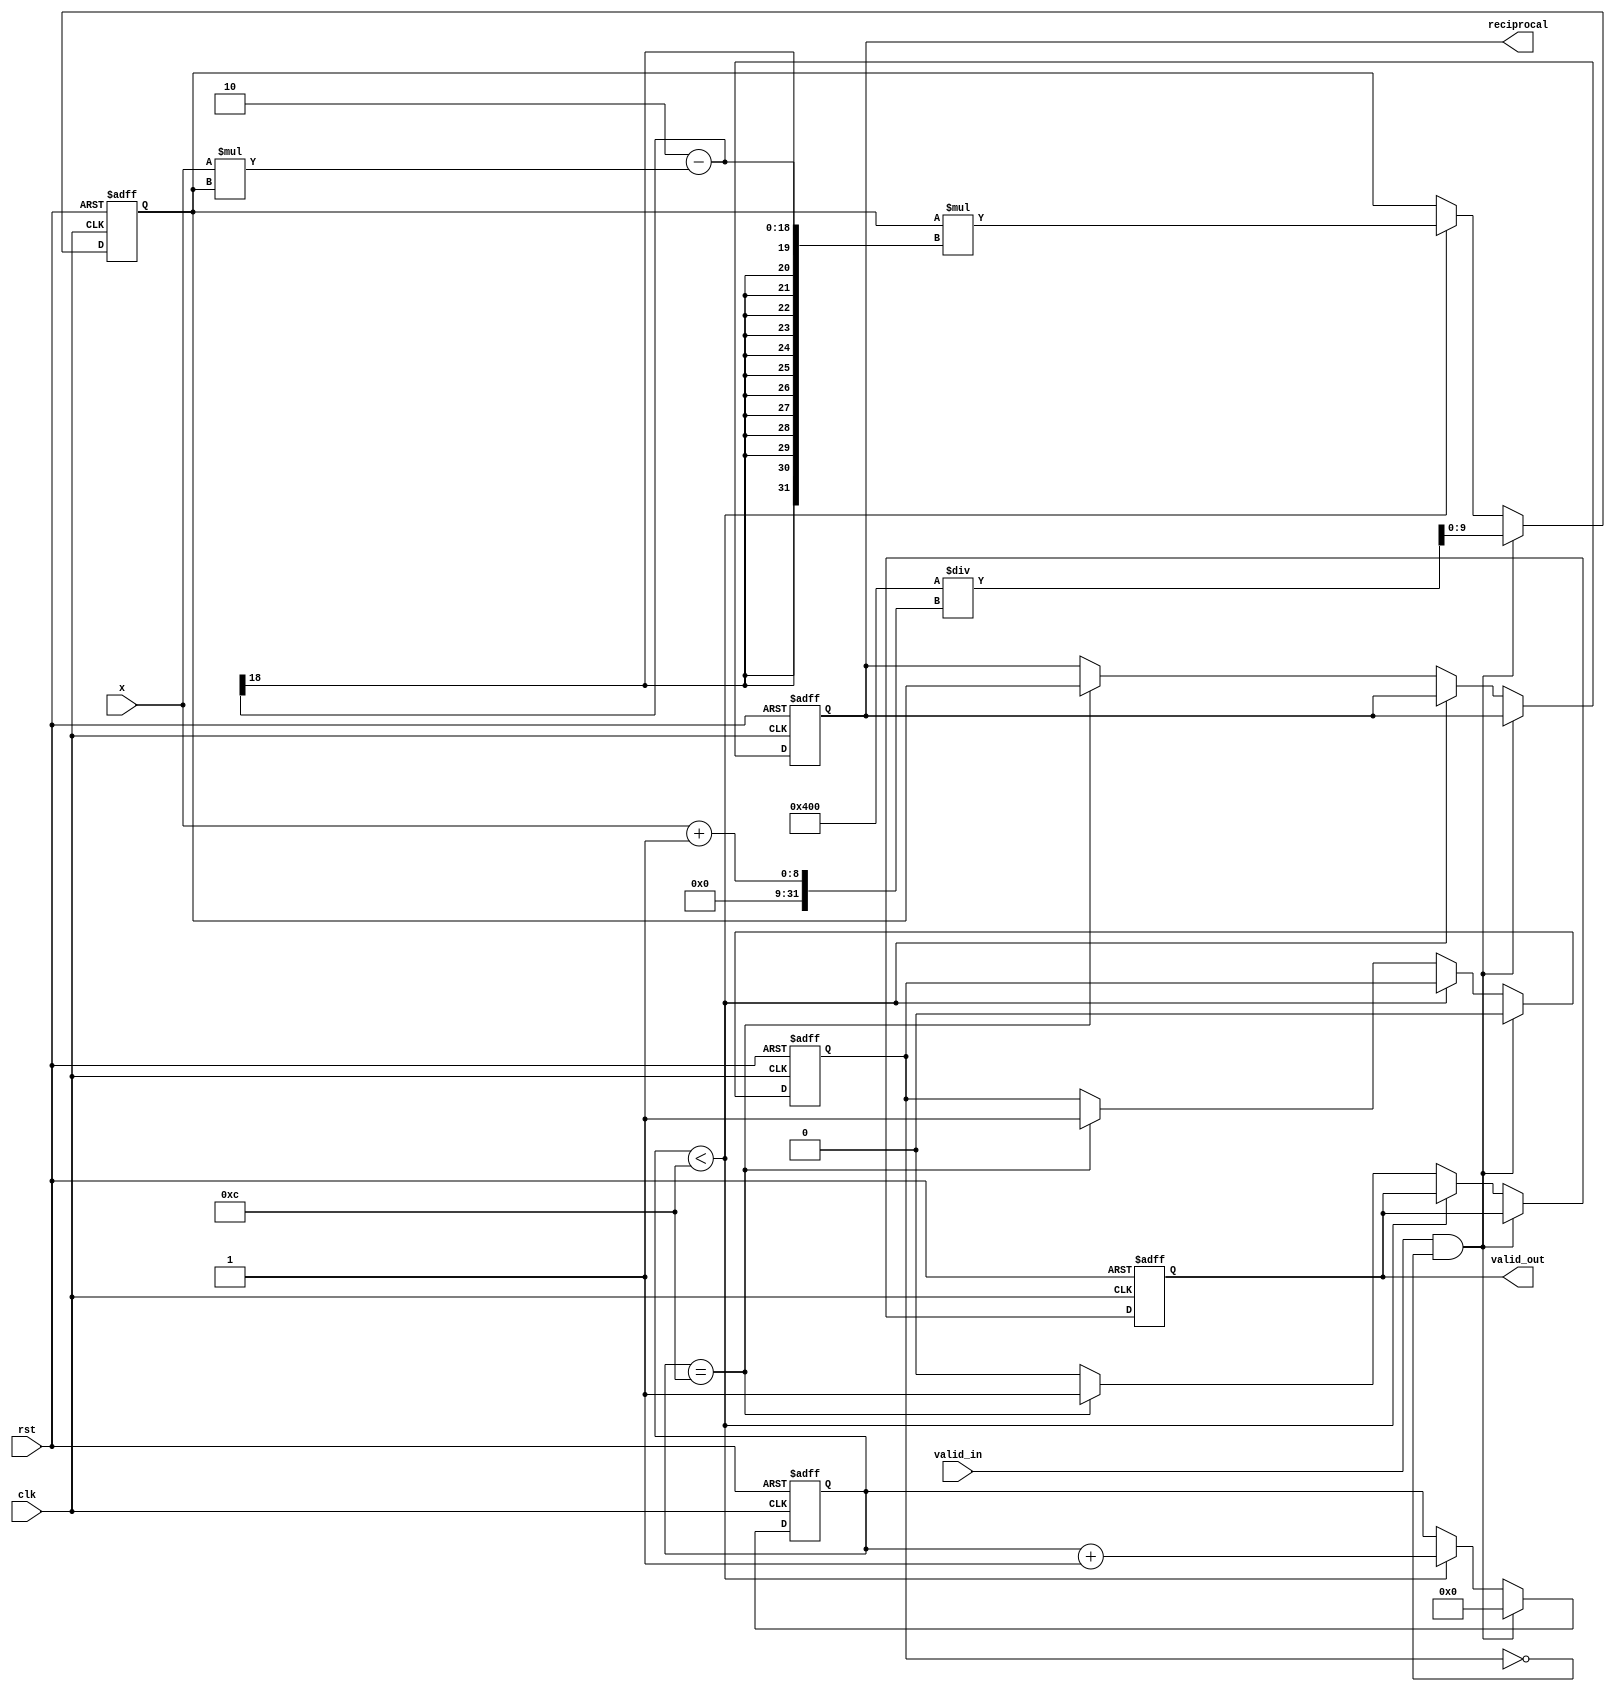
module binary_fractional_reciprocal #(
    parameter N = 8, // Input width
    parameter M = 10  // Output width (M > N)
)(
    input  wire clk,
    input  wire rst,
    input  wire valid_in,         // Input valid signal
    input  wire [N-1:0] x,       // Input value in fixed-point format (0 < x < 1)
    output reg  [M-1:0] reciprocal, // Output reciprocal in fixed-point format
    output reg  valid_out         // Reciprocal valid signal
);

    // Internal signals
    reg [M-1:0] approx; // Current approximation of reciprocal
    reg [M-1:0] x_inv;  // Inverse of x
    reg [3:0] iteration; // Iteration counter
    reg ready;          // Ready signal to indicate completion

    // Parameter for convergence threshold
    parameter CONVERGENCE_THRESHOLD = 12; // Convergence threshold for Newton-Raphson

    // State machine
    always @(posedge clk or posedge rst) begin
        if (rst) begin
            reciprocal <= 0;
            valid_out <= 0;
            approx <= 0;
            iteration <= 0;
            ready <= 0;
        end
        else if (valid_in && !ready) begin
            // Initialize approximation for Newton-Raphson
            approx <= {((1 << M) / (x + 1'b1))}; // Initial approximation
            iteration <= 0;
            ready <= 0;
        end
        else if (iteration < CONVERGENCE_THRESHOLD) begin
            // Newton-Raphson iteration
            x_inv <= approx; // Store the current approximation
            approx <= approx * (2 - x * approx); // x_inv = x_inv * (2 - x * x_inv)
            iteration <= iteration + 1;
        end
        else if (iteration == CONVERGENCE_THRESHOLD) begin
            // Output the final approximation
            reciprocal <= approx;
            valid_out <= 1; // Indicate the output is valid
            ready <= 1; // Mark the computation as ready
        end
        else begin
            valid_out <= 0; // Reset valid signal
        end
    end

endmodule